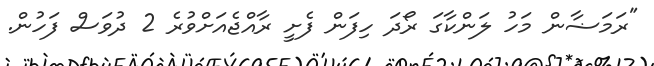
"ރަމަޟާން މަހު ލަންކާގަ ރޯދަ ހިފަން ފެށީ ރާއްޖެއަށްވުރެ 2 ދުވަސް ފަހުން.